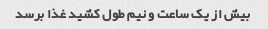
بیش از یک ساعت و نیم طول کشید غذا برسد